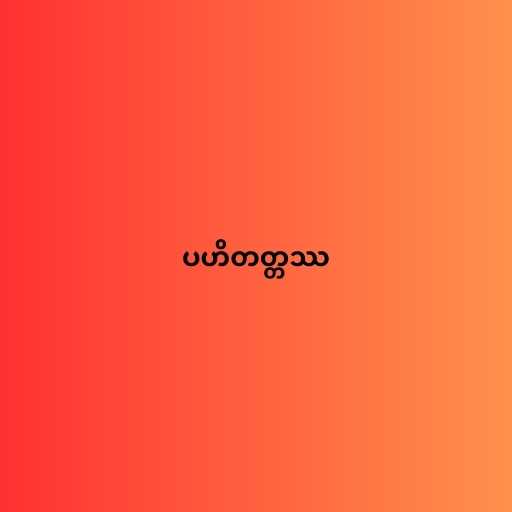
ပဟိတတ္တဿ